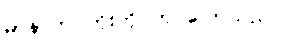
မာနာက တိုးတို ကပ်ပြောသည်။